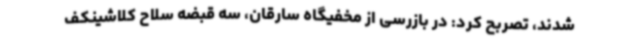
شدند، تصربح کرد: در بازرسی از مخفیگاه سارقان، سه قبضه سلاح کلاشینکف